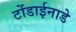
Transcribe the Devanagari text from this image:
टोंडाईनाडे